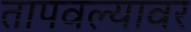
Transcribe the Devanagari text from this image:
तापवल्यावर